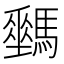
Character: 𩦛